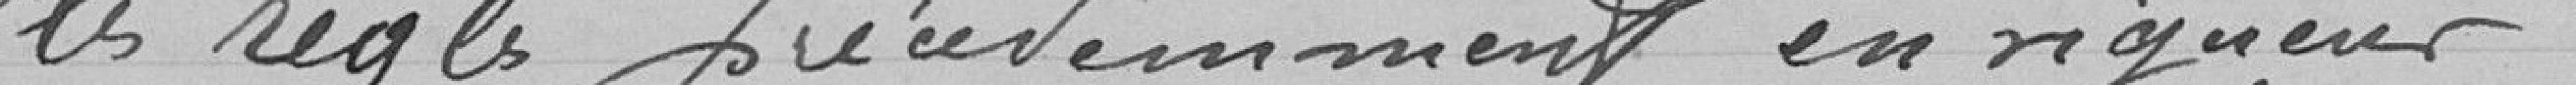
les règles précisément en vigueur."